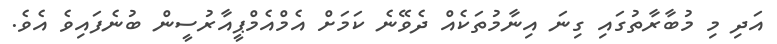
އަދި މި މުބާރާތުގައި ގިނަ އިނާމުތަކެއް ދެވޭނެ ކަމަށް އެމްއެމްޕީއާރުސީން ބުނެފައިވެ އެވެ.